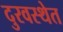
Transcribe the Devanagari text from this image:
दुरवस्थेत